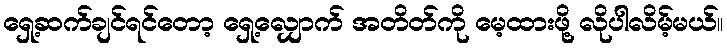
ရှေ့ဆက်ချင်ရင်တော့ ရှေ့လျှောက် အတိတ်ကို မေ့ထားဖို့ လိုပါလိမ့်မယ်။